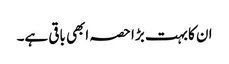
ان کا بہت بڑا حصہ ابھی باقی ہے۔